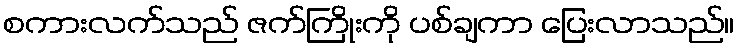
စကားလက်သည် ဇက်ကြိုးကို ပစ်ချကာ ပြေးလာသည်။